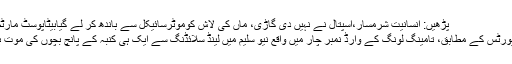
پڑھیں: انسانیت شرمسار،اسپتال نے نہیں دی گاڑی، ماں کی لاش کوموٹرسائیکل سے باندھ کر لے گیابیٹاپوسٹ مارٹم ہاؤس
میڈیارپورٹس کے مطابق، تامینگ لونگ کے وارڈ نمبر چار میں واقع نیو سلیم میں لینڈ سلائڈنگ سے ایک ہی کنبہ کے پانچ بچوں کی موت ہو گئی۔